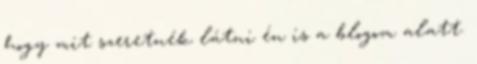
hogy mit szeretnék látni én is a blogom alatt.